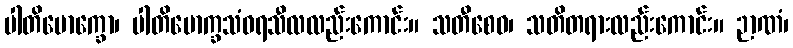
ပါတိမောက္ခော၊ ပါတိမောက္ခသံဝရသီလလည်းကောင်း။ သတီစေဝ၊ သတိတရားလည်းကောင်း။ ဉာဏံ၊